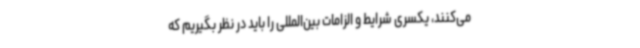
می‌کنند، یکسری شرایط و الزامات بین‌المللی را باید در نظر بگیریم که